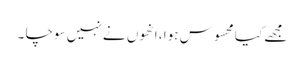
مجھے کیا محسوس ہوا ، انھوں نے نہیں سوچا ۔